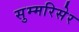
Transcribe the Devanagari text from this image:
सुम्मरिसेर